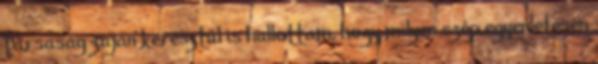
társaság zaján keresztül is hallottam, hogy milyen szép egyenletesen